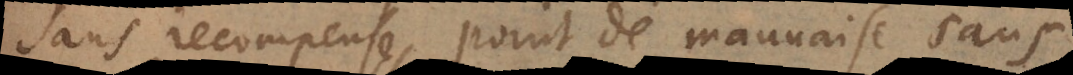
sans recompense, point de mauvaise sans